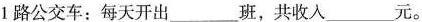
1路公交车：每天开出___班，共收入___元。